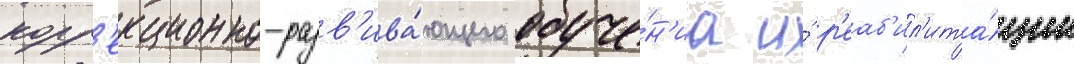
корр'екционно-разв'ива́ющего обуче́н'иа и́ р'еаб'ил'ита́ции